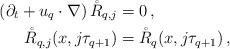
LaTeX: \begin{align*}\left( \partial_t + u_q \cdot \nabla \right) \mathring R_{q,j} &= 0 \, ,\\\mathring R_{q,j}(x,j \tau_{q+1}) &= \mathring R_q(x,j \tau_{q+1}) \, ,\end{align*}